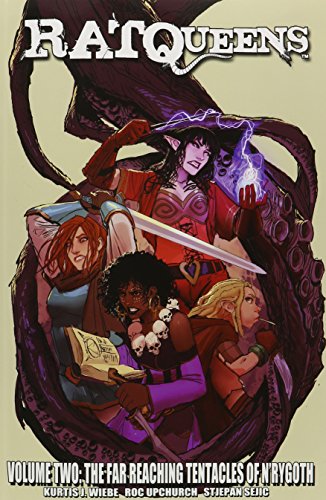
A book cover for Rat Queens Volume 2: The Far Reaching Tentacles of N'Rygoth (Rat Queens Tp); Kurtis J. Wiebe; Comics & Graphic Novels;